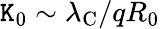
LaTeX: \mathtt{K}_{0}\sim\lambda_{\mathrm{C}}/qR_{0}